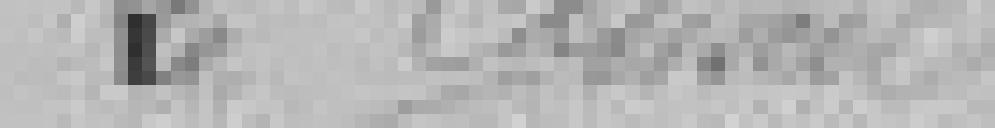
Le conseil